Vaccination Hyderabad 1872-1889 - 1872-1889
Year: 1872
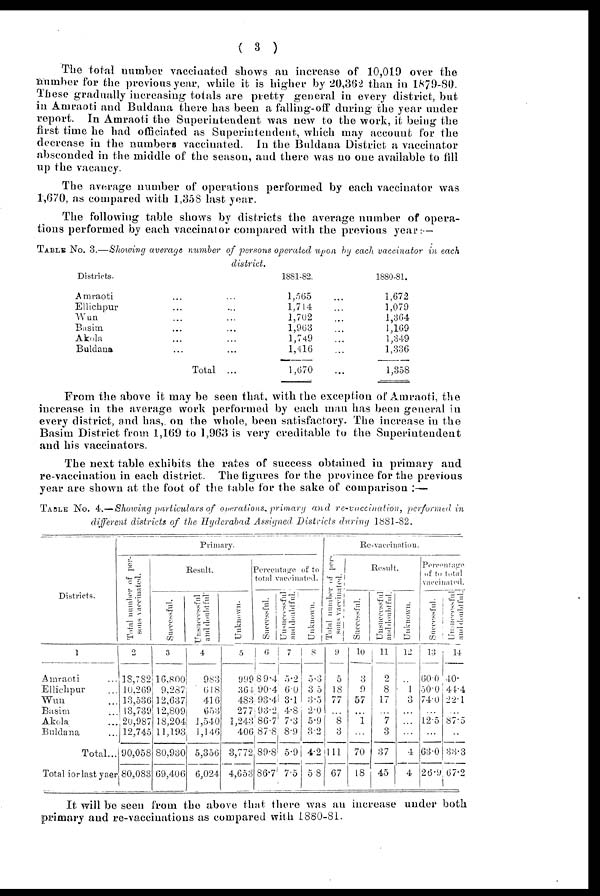
( 3 )
The total number vaccinated shows an increase of 10,019 over the
number for the previous year, while it is higher by 20,362 than in 1879-80.
These gradually increasing totals are pretty general in every district, but
in Amraoti and Buldana there has been a falling-off during the year under
report. In Amraoti the Superintendent was new to the work, it being the
first time he had officiated as Superintendent, which may account for the
decrease in the numbers vaccinated. In the Buldana District a vaccinator
absconded in the middle of the season, and there was no one available to fill
up the vacancy.
The average number of operations performed by each vaccinator was
1,670, as compared with 1,358 last year.
The following table shows by districts the average number of opera-
tions performed by each vaccinator compared with the previous year: —
TABLE NO. 3.—Showing average number of persons operated upon by each vaccinator in each
district.
Districts.
Amraoti ... ...
Ellichpur ... ...
Wun ... ...
Basim ... ...
Akola ... ...
Buldana ... ...
Total ...
1881-82.
1,565
1,714
1,702
1,963
1,749
1,416
1,670
...
...
...
...
...
...
...
1880-81.
1,672
1,079
1,364
1,169
1,349
1,336
1,358
From the above it may be seen that, with the exception of Amraoti, the
increase in the average work performed by each man has been general in
every district, and has, on the whole, been satisfactory. The increase in the
Basim District from 1,169 to 1,963 is very creditable to the Superintendent
and his vaccinators.
The next table exhibits the rates of success obtained in primary and
re-vaccination in each district. The figures for the province for the previous
year are shown at the foot of the table for the sake of comparison :—
TABLE NO. 4.— Showing particulars of operations, primary and re-vaccination, performed in
different districts of the Hyderabad Assigned Districts during 1881-82.
Districts.
1
Amraoti ...
Ellichpur ...
Wun ...
Basim ...
Akola ...
Buldana ...
Total...
Total for last year
Primary.
Total number of per-
sons vaccinated.
2
18,782
10,269
13,536
13,739
20,987
12,745
90,058
80,083
Result.
Successful.
3
16,800
9,287
12,637
12,809
18,204
11,193
80,930
69,406
Unsuccessful
and doubtful
4
983
618
416
653
1,540
1,146
5,356
6,024
Unknown.
5
999
364
483
277
1,243
406
3,772
4,653
Percentage of to
total vaccinated.
Successful.
6
89.4
90.4
98.4
93.2
86.7
87.8
89.8
86.7
Unsuccessful
and doubtful.
7
5.2
6.0
3.1
4.8
7.3
8.9
5.9
7.5
Unknown.
8
5.3
3.5
3.5
2.0
5.9
3.2
4.2
5.8
Re-vaccination.
Total number of per-
sons vaccinated.
9
5
18
77
...
8
3
111
67
Result.
Successful.
10
3
9
57
...
1
...
70
18
Unsuccessful
and doubtful.
11
2
8
17
...
7
3
37
45
Unknown.
12
...
1
3
...
...
...
4
4
'Percentage
of to total
vaccinated.
Successful.
13
60.0
50.0
74.0
...
12.5
...
63.0
26.9
Unsuccessful
and doubtful.
14
40.
44.4
22.1
...
87.5
...
33.3
67.2
It will be seen from the above that there was an increase under both
primary and re-vaccinations as compared with 1880-81.